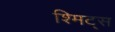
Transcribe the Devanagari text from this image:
श्मिट्स